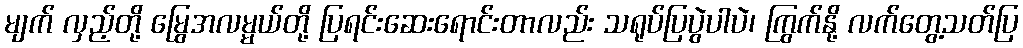
မျက် လှည့်တို့ မြွေအလမ္မယ်တို့ ပြရင်းဆေးရောင်းတာလည်း သရုပ်ပြပွဲပါပဲ၊ ကြွက်နို့ လက်တွေ့သတ်ပြ